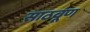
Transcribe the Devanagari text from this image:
साठवूण